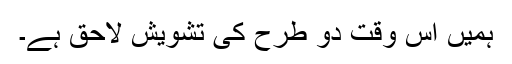
ہمیں اِس وقت دو طرح کی تشویش لاحق ہے۔